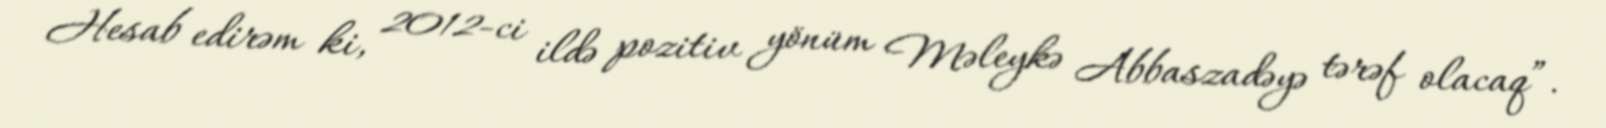
Hesab edirəm ki, 2012-ci ildə pozitiv yönüm Məleykə Abbaszadəyə tərəf olacaq”.